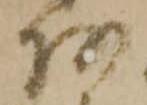
阿